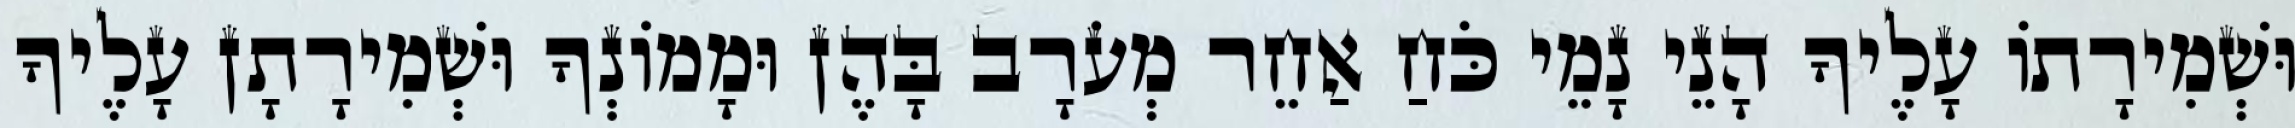
וּשְׁמִירָתוֹ עָלֶיךָ הָנֵי נָמֵי כֹּחַ אַחֵר מְעֹרָב בָּהֶן וּמָמוֹנְךָ וּשְׁמִירָתָן עָלֶיךָ